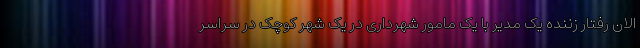
الان رفتار زننده یک مدیر با یک مامور شهرداری در یک شهر کوچک در سراسر